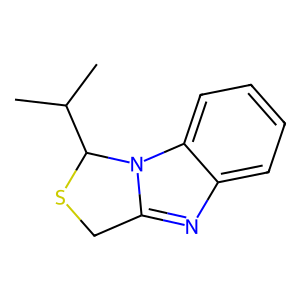
SMILES: CC(C)C1SCc2nc3ccccc3n21
Inhibits HIV replication: No